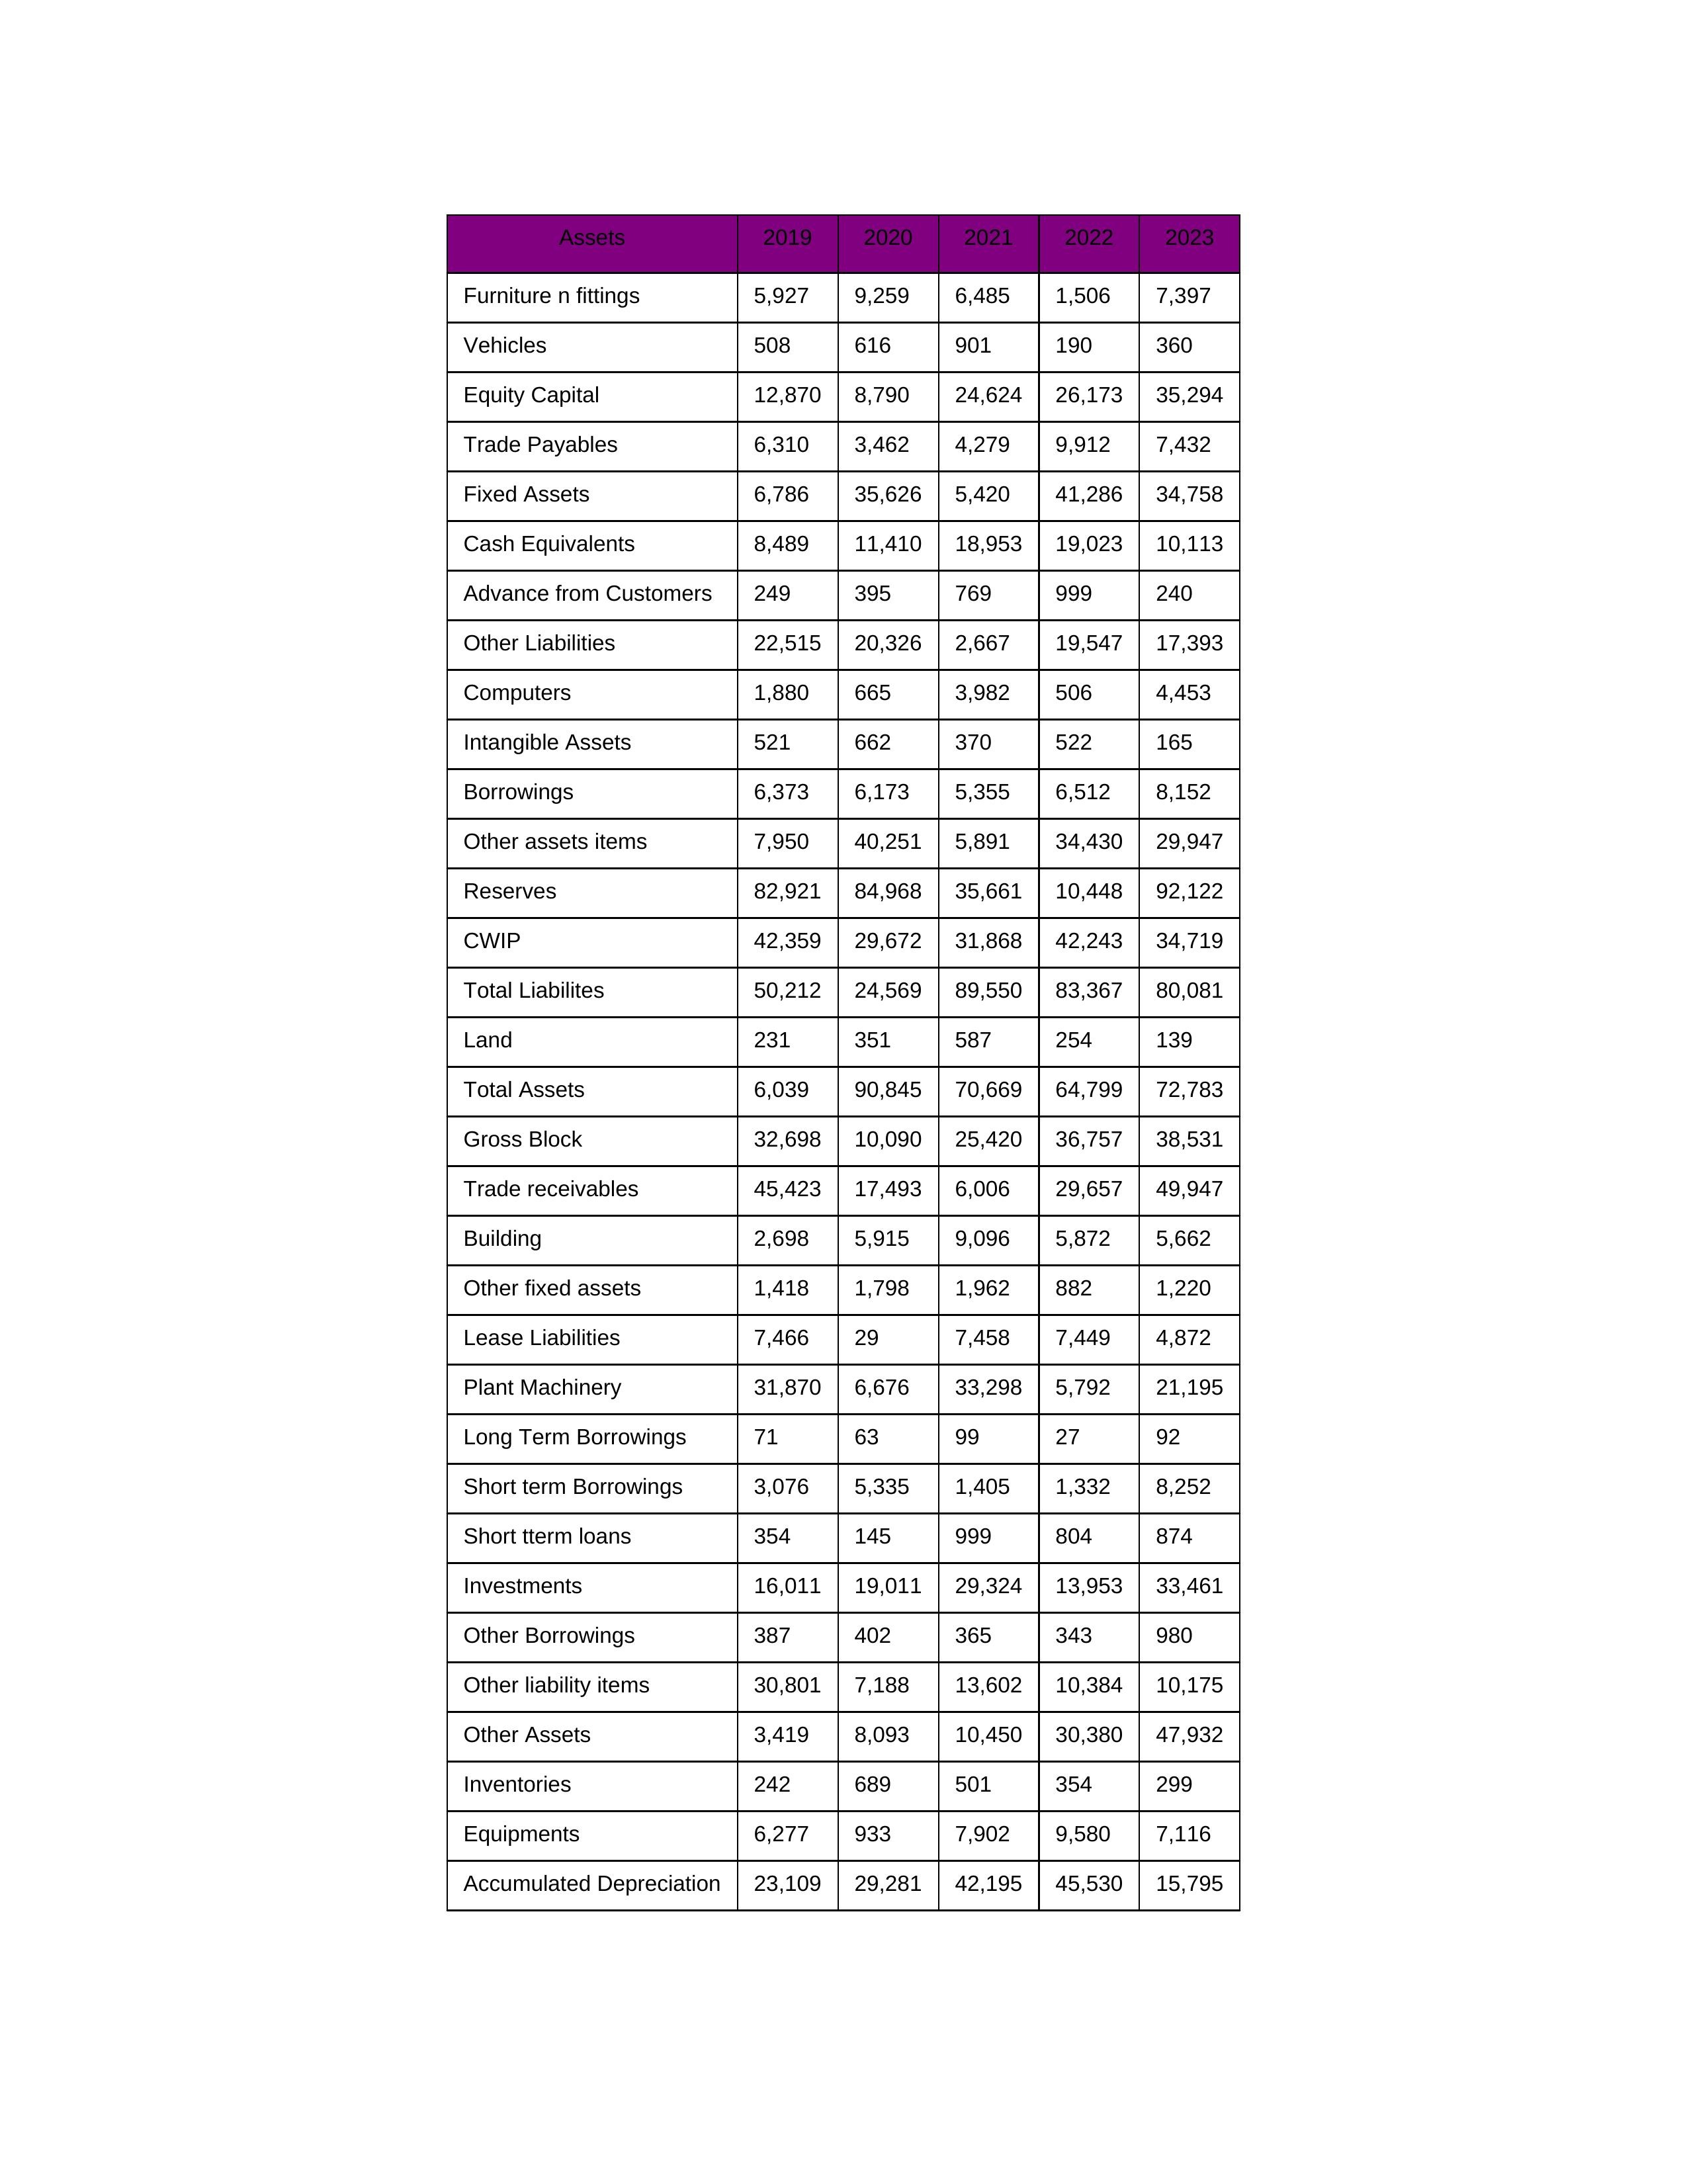
gt_parse: 2019: Equity Capital: 12,870
Reserves: 82,921
Borrowings: 6,373
Long Term Borrowings: 71
Short term Borrowings: 3,076
Lease Liabilities: 7,466
Other Borrowings: 387
Other Liabilities: 22,515
Trade Payables: 6,310
Advance from Customers: 249
Other liability items: 30,801
Total Liabilites: 50,212
Fixed Assets: 6,786
Land: 231
Building: 2,698
Plant Machinery: 31,870
Equipments: 6,277
Computers: 1,880
Furniture n fittings: 5,927
Vehicles: 508
Intangible Assets: 521
Other fixed assets: 1,418
Gross Block: 32,698
Accumulated Depreciation: 23,109
CWIP: 42,359
Investments: 16,011
Other Assets: 3,419
Inventories: 242
Trade receivables: 45,423
Cash Equivalents: 8,489
Short tterm loans: 354
Other assets items: 7,950
Total Assets: 6,039
2020: Equity Capital: 8,790
Reserves: 84,968
Borrowings: 6,173
Long Term Borrowings: 63
Short term Borrowings: 5,335
Lease Liabilities: 29
Other Borrowings: 402
Other Liabilities: 20,326
Trade Payables: 3,462
Advance from Customers: 395
Other liability items: 7,188
Total Liabilites: 24,569
Fixed Assets: 35,626
Land: 351
Building: 5,915
Plant Machinery: 6,676
Equipments: 933
Computers: 665
Furniture n fittings: 9,259
Vehicles: 616
Intangible Assets: 662
Other fixed assets: 1,798
Gross Block: 10,090
Accumulated Depreciation: 29,281
CWIP: 29,672
Investments: 19,011
Other Assets: 8,093
Inventories: 689
Trade receivables: 17,493
Cash Equivalents: 11,410
Short tterm loans: 145
Other assets items: 40,251
Total Assets: 90,845
2021: Equity Capital: 24,624
Reserves: 35,661
Borrowings: 5,355
Long Term Borrowings: 99
Short term Borrowings: 1,405
Lease Liabilities: 7,458
Other Borrowings: 365
Other Liabilities: 2,667
Trade Payables: 4,279
Advance from Customers: 769
Other liability items: 13,602
Total Liabilites: 89,550
Fixed Assets: 5,420
Land: 587
Building: 9,096
Plant Machinery: 33,298
Equipments: 7,902
Computers: 3,982
Furniture n fittings: 6,485
Vehicles: 901
Intangible Assets: 370
Other fixed assets: 1,962
Gross Block: 25,420
Accumulated Depreciation: 42,195
CWIP: 31,868
Investments: 29,324
Other Assets: 10,450
Inventories: 501
Trade receivables: 6,006
Cash Equivalents: 18,953
Short tterm loans: 999
Other assets items: 5,891
Total Assets: 70,669
2022: Equity Capital: 26,173
Reserves: 10,448
Borrowings: 6,512
Long Term Borrowings: 27
Short term Borrowings: 1,332
Lease Liabilities: 7,449
Other Borrowings: 343
Other Liabilities: 19,547
Trade Payables: 9,912
Advance from Customers: 999
Other liability items: 10,384
Total Liabilites: 83,367
Fixed Assets: 41,286
Land: 254
Building: 5,872
Plant Machinery: 5,792
Equipments: 9,580
Computers: 506
Furniture n fittings: 1,506
Vehicles: 190
Intangible Assets: 522
Other fixed assets: 882
Gross Block: 36,757
Accumulated Depreciation: 45,530
CWIP: 42,243
Investments: 13,953
Other Assets: 30,380
Inventories: 354
Trade receivables: 29,657
Cash Equivalents: 19,023
Short tterm loans: 804
Other assets items: 34,430
Total Assets: 64,799
2023: Equity Capital: 35,294
Reserves: 92,122
Borrowings: 8,152
Long Term Borrowings: 92
Short term Borrowings: 8,252
Lease Liabilities: 4,872
Other Borrowings: 980
Other Liabilities: 17,393
Trade Payables: 7,432
Advance from Customers: 240
Other liability items: 10,175
Total Liabilites: 80,081
Fixed Assets: 34,758
Land: 139
Building: 5,662
Plant Machinery: 21,195
Equipments: 7,116
Computers: 4,453
Furniture n fittings: 7,397
Vehicles: 360
Intangible Assets: 165
Other fixed assets: 1,220
Gross Block: 38,531
Accumulated Depreciation: 15,795
CWIP: 34,719
Investments: 33,461
Other Assets: 47,932
Inventories: 299
Trade receivables: 49,947
Cash Equivalents: 10,113
Short tterm loans: 874
Other assets items: 29,947
Total Assets: 72,783